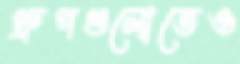
গ্রুপগুলোতেও